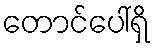
တောင်ပေါ်ရှိ